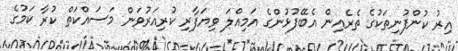
އިރު ކުންފުނިތަކުގެ ތެރެއިން އެބޭފުޅުންގެ އަމިއްލަ ވިޔަފާރި ކުރިއަރުވަން މަސައްކަތް ކުރާ ކަމުގެ